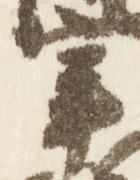
宰